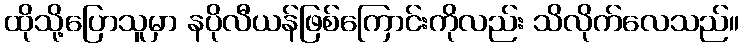
ထိုသို့ပြောသူမှာ နပိုလီယန်ဖြစ်ကြောင်းကိုလည်း သိလိုက်လေသည်။